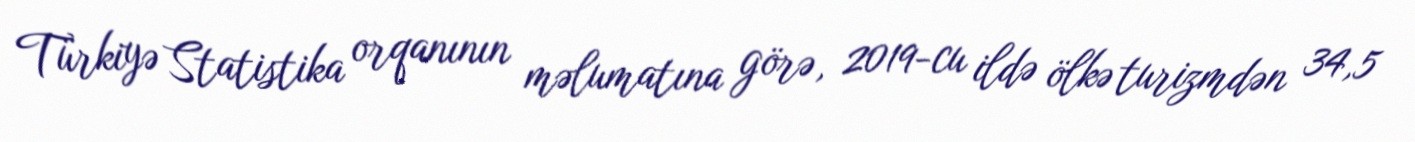
Türkiyə Statistika orqanının məlumatına görə, 2019-cu ildə ölkə turizmdən 34,5